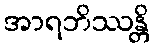
အာရဘိဿန္တိ